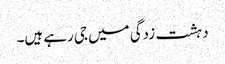
دہشت زدگی میں جی رہے ہیں۔